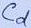
Text: Cd